Papers set at the Examination for Leaving Certificates, 1892
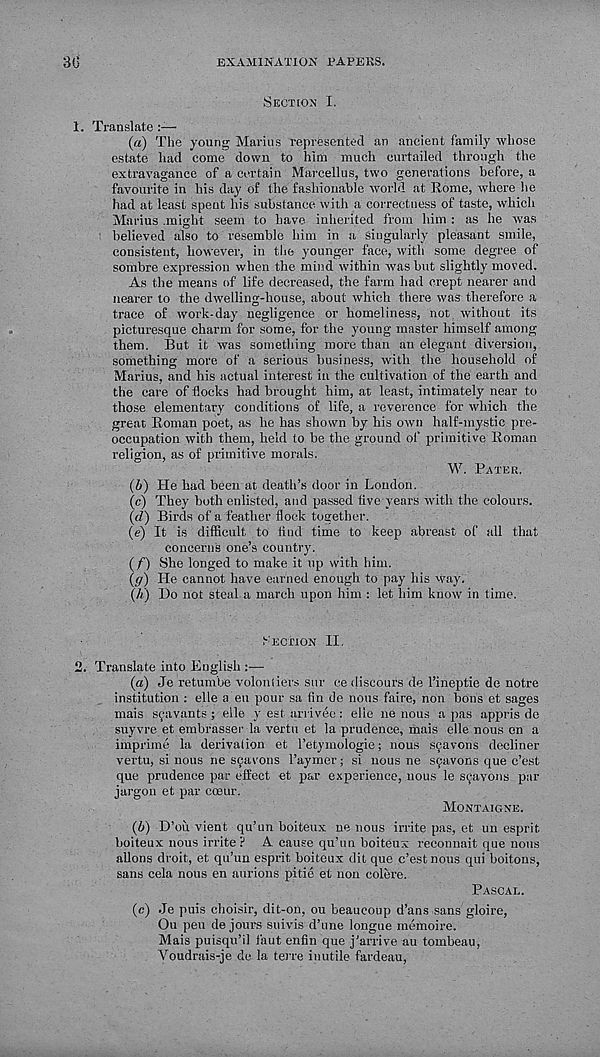
EXAMINATION PAPERS.
30
Section I.
1. Translate
{a) The young Marius represented an ancient family whose
estate had come down to him much curtailed through the
extravagance of a certain Marcellus, two generations before, a
favourite in his day of the fashionable world at Rome, where he
had at least spent his substance with a correctness of taste, which
Marius .might seem to have inherited from him : as he was
believed also to resemble him in a singularly pleasant smile,
consistent, however, in the younger face, with some degree of
sombre expression when the mind within was but slightly moved.
As the means of life decreased, the farm had crept nearer and
nearer to the dwelling-house, about which there was therefore a
trace of work-day negligence or homeliness, not without its
picturesque charm for some, for the young master himself among
them. But it was something more than an elegant diversion,
something more of a serious business, with the household of
Marius, and his actual interest in the cultivation of the earth and
the care of flocks had brought him, at least, intimately near to
those elementary conditions of life, a reverence for which the
great Roman poet, as he has shown by his own half-mystic pre-
occupation with them, held to be the ground of primitive Roman
religion, as of primitive morals.
W. Pater.
(6) He had been at death’s door in London.
(c) They both enlisted, and passed five years with the colours.
{d) Birds of a feather flock together.
(e) It is difficult to find time to keep abreast of all that
concerns one’s country.
(/") She longed to make it up with him.
(g) He cannot have earned enough to pay his way.
\K) Do not steal a march upon him : let him know in time.
Section II.
2. Translate into English :—
(a) Je retumbe volonliers stir ce discours de 1’ineptie de notre
institution : elle a eu pour sa fin de nous faire, non bons et sages
mais sfavants ; elle y est arrivee: elie ne nous a pas appris de
suyvre et embrasser la vertu et la prudence, mais elle nous on a
imprime la derivalion et I’etymologie; nous s^avons decline!'
vertu, si nous ne sfavons I’aymer; si nous ne sfavons que c’est
que prudence par effect et par experience, nous le s^avons par
jargon et par cceur.
Montaigne.
(b) D’ou vient qu’un boiteux ne nous irrite pas, et un esprit
boiteux nous irrite? A cause qu’un boiteux reconnait que nous
aliens droit, et qu’un esprit boiteux dit que c’est nous qui boitons,
sans cela nous en aurions pitie et non colere.
Pascal.
(c) Je puis choisir, dit-on, ou beaucoup d’ans sans gloire,
Ou pen de jours suivis d’une longue memoire.
Mais puisqu’il faut enfin que j’arrive au tombeau,
Youdrais-je de la terre inutile fardeau,